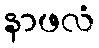
နာဖလံ